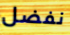
نفضل